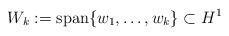
LaTeX: \begin{align*}W_{k} := \mathrm{span} \{ w_{1}, \dots, w_{k} \} \subset H^{1}\end{align*}